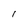
Character: I